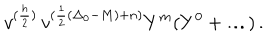
v ^ { ( \frac { h } { 2 } ) } \, v ^ { ( \frac { 1 } { 2 } ( \Delta _ { 0 } - M ) + n ) } Y ^ { m } ( Y ^ { 0 } + \ldots ) \, .